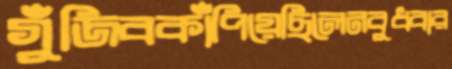
গুঁজিবকাঁপিয়েছিলেনবুধবার